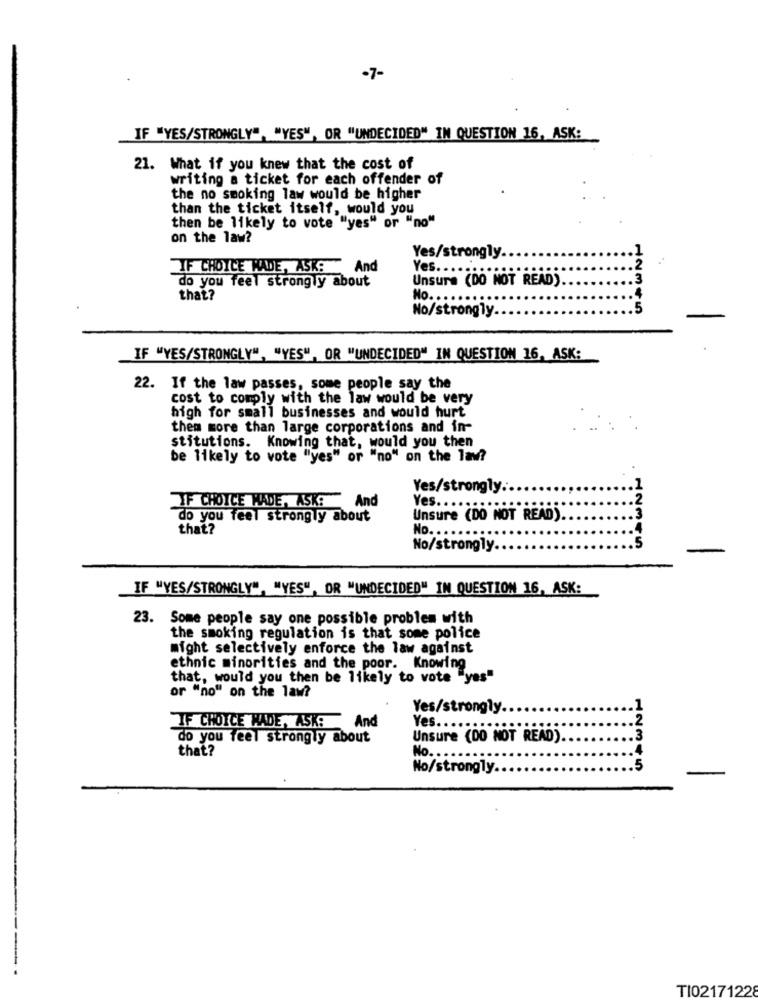
-7-
IF "YES/STRONGLY", "YES", OR "UNDECIDED" IN QUESTION 16, ASK:
21. What if you knew that the cost of
writing a ticket for each offender of
the no smoking law would be higher
than the ticket itself, would you
then be likely to vote "yes" or "no"
on the law?
Yes/strongly.
IF CHOICE WADE, ASK! And
Yes. ....
Unsure (DO NOT READ).
do you feel strongly about
that?
No. ..
No/strongly
12345
IF "YES/STRONGLY", "YES", OR "UNDECIDED" IN QUESTION 16, ASK:
22. If the law passes, some people say the
cost to comply with the law would be very
high for small businesses and would hurt
them more than large corporations and in-
stitutions. Knowing that, would you then
be likely to vote "yes" or "no" on the lav?
Yes/strongly.
IF CHOICE WADE, ASK: And
Yes. . . .
do you feel strongly about
Unsure (DO NOT READ).
that?
No ...
No/strongly.
12345
IF "YES/STRONGLY", "YES", OR "UNDECIDED" IN QUESTION 16, ASK:
23. Some people say one possible problem with
the smoking regulation is that some police
might selectively enforce the law against
ethnic minorities and the poor. Knowing
that, would you then be likely to vote "yes"
or "no" on the law?
Yes/strongly.
IF CHOICE MADE, ASK: And
Yes ......
do you feel strongly about
Unsure (DO NOT READ)
that ?
No. ..
No/strongly.
12345
TI02171228